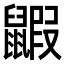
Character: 𪕰